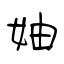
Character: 妯